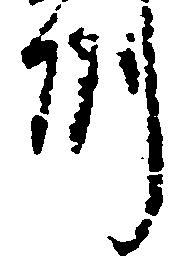
州